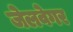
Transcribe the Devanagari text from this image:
जेलवेगर